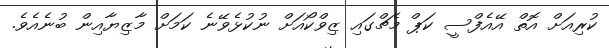
ކުރިއަށް އޮތް އޭއެފްސީ ކަޕް މެޗްގައި ޒިވްކޯއަށް ނުކުޅެވޭނެ ކަމަށް މާޒިޔާއިން ބުނެއެވެ.